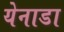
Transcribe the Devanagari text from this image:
येनाडा